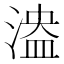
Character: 𣺻